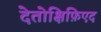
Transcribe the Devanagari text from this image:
देतोक्षिफ़िएद